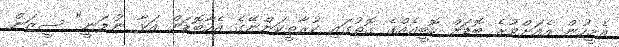
އެމީހުން އެއަށްވުރެ ބޮޑަށް ހޮބީއެއްގެ ގޮތުގައި ކުރާތީކަންނޭގެ އެހާބޮޑަށް އަޅާ ނުލަނީ" ސީޒަން